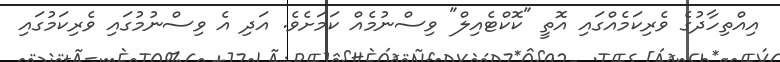
އިއްތިހާދުގެ ވެރިކަމެއްގައި އޮތީ "ކޮކްޓެއިލް" ވިސްނުމެއް ކަމަށެވެ. އަދި އެ ވިސްނުމުގައި ވެރިކަމުގައި